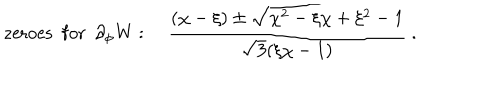
\mathrm { z e r o e s \ \ f o r \ \ \partial _ { \ p h i } W } : \quad { \frac { ( \chi - \xi ) \pm \sqrt { \chi ^ { 2 } - \xi \chi + \xi ^ { 2 } - 1 } } { \sqrt { 3 } ( \xi \chi - 1 ) } } \ .